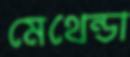
মেথেন্ডা